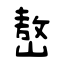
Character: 嶅